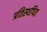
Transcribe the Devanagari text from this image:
प्रतिस्थपित